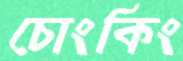
চোংকিং